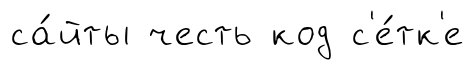
са́йты честь код с'е́тк'е